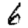
Digit: 6